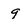
Character: 9